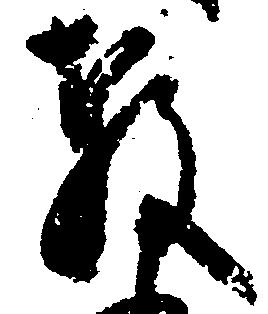
教